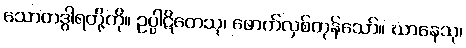
သောတဒွါရတို့ကို။ ဥပ္ပါဋိတေသု၊ ဖောက်လှစ်ကုန်သော်။ ဃာနေသု၊